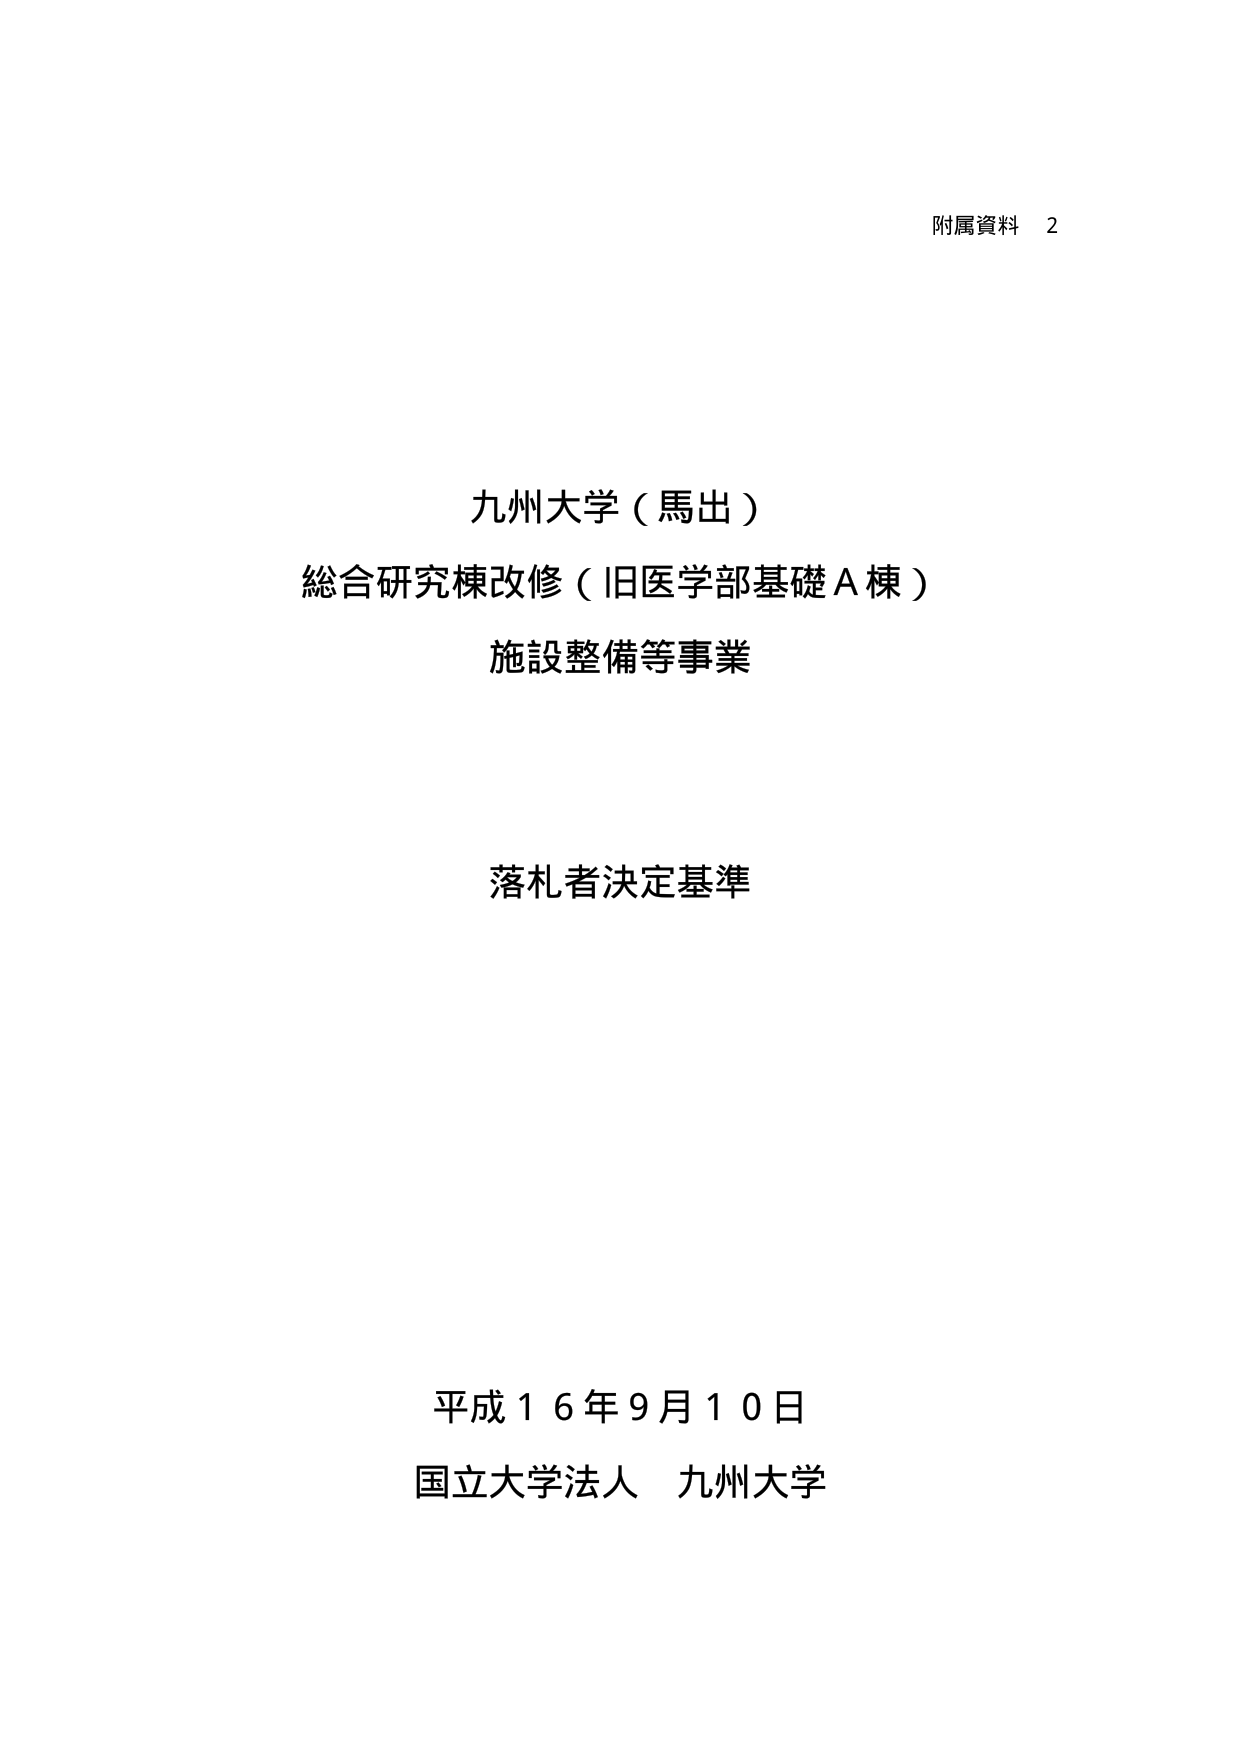
附属資料 2

九州大学（馬出）
総合研究棟改修（旧医学部基礎Ａ棟）
施設整備等事業

落札者決定基準

平成１６年９月１０日
国立大学法人 九州大学